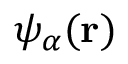
\psi _ { \alpha } ( \mathbf { r } )